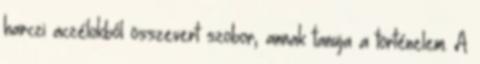
harczi aczélokból összevert szobor, annak tanuja a történelem. A